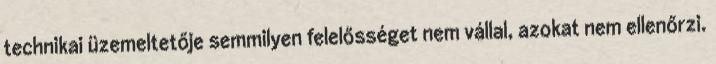
technikai üzemeltetője semmilyen felelősséget nem vállal, azokat nem ellenőrzi.